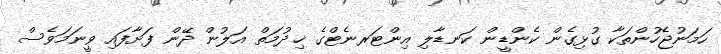
ހަމަނުޖެހުންތަކާ ގުޅިގެން ކެންޑީން ކަނޑާލި އިންޓަރނެޓްގެ ޚިދުމަތް އަލުން ދޭން ފަށާފައި ވީނަމަވެސް